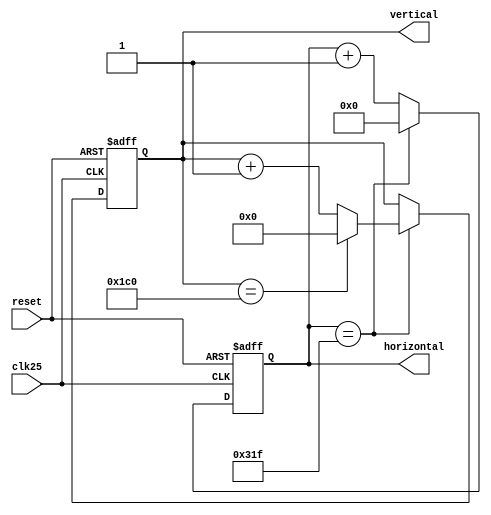
module pixel(clk25,reset,horizontal,vertical);
input clk25,reset;
output [8:0] vertical;
output [9:0] horizontal;

reg [8:0] vertical;
reg [9:0] horizontal;

always@(posedge clk25 or posedge reset)
if(reset)
begin
	vertical <= 9'b000000000;
	horizontal <= 10'b0000000000;
	end
else 
begin
	if (horizontal=='d799)
		begin
			horizontal <= 10'b0000000000;
			
			if(vertical == 'd448)
				vertical <= 0;
			else
			vertical <= vertical+1;
			
		end
	else horizontal<=horizontal+1;
	
end
endmodule